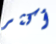
أكثر